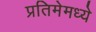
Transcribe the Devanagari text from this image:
प्रतिमेमध्ये